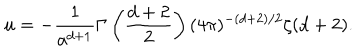
u = - { \frac { 1 } { a ^ { d + 1 } } } \Gamma \left( { \frac { d + 2 } { 2 } } \right) ( 4 \pi ) ^ { - ( d + 2 ) / 2 } \zeta ( d + 2 ) .